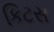
કિટસ